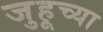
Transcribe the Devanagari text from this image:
जुहूच्या